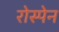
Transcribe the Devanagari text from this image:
रोस्पेन